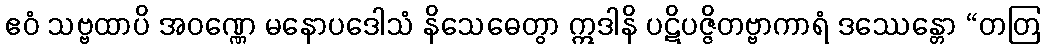
ဧဝံ သဗ္ဗထာပိ အဝဏ္ဏေ မနောပဒေါသံ နိသေဓေတွာ ဣဒါနိ ပဋိပဇ္ဇိတဗ္ဗာကာရံ ဒဿေန္တော “တတြ